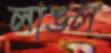
লাঙল